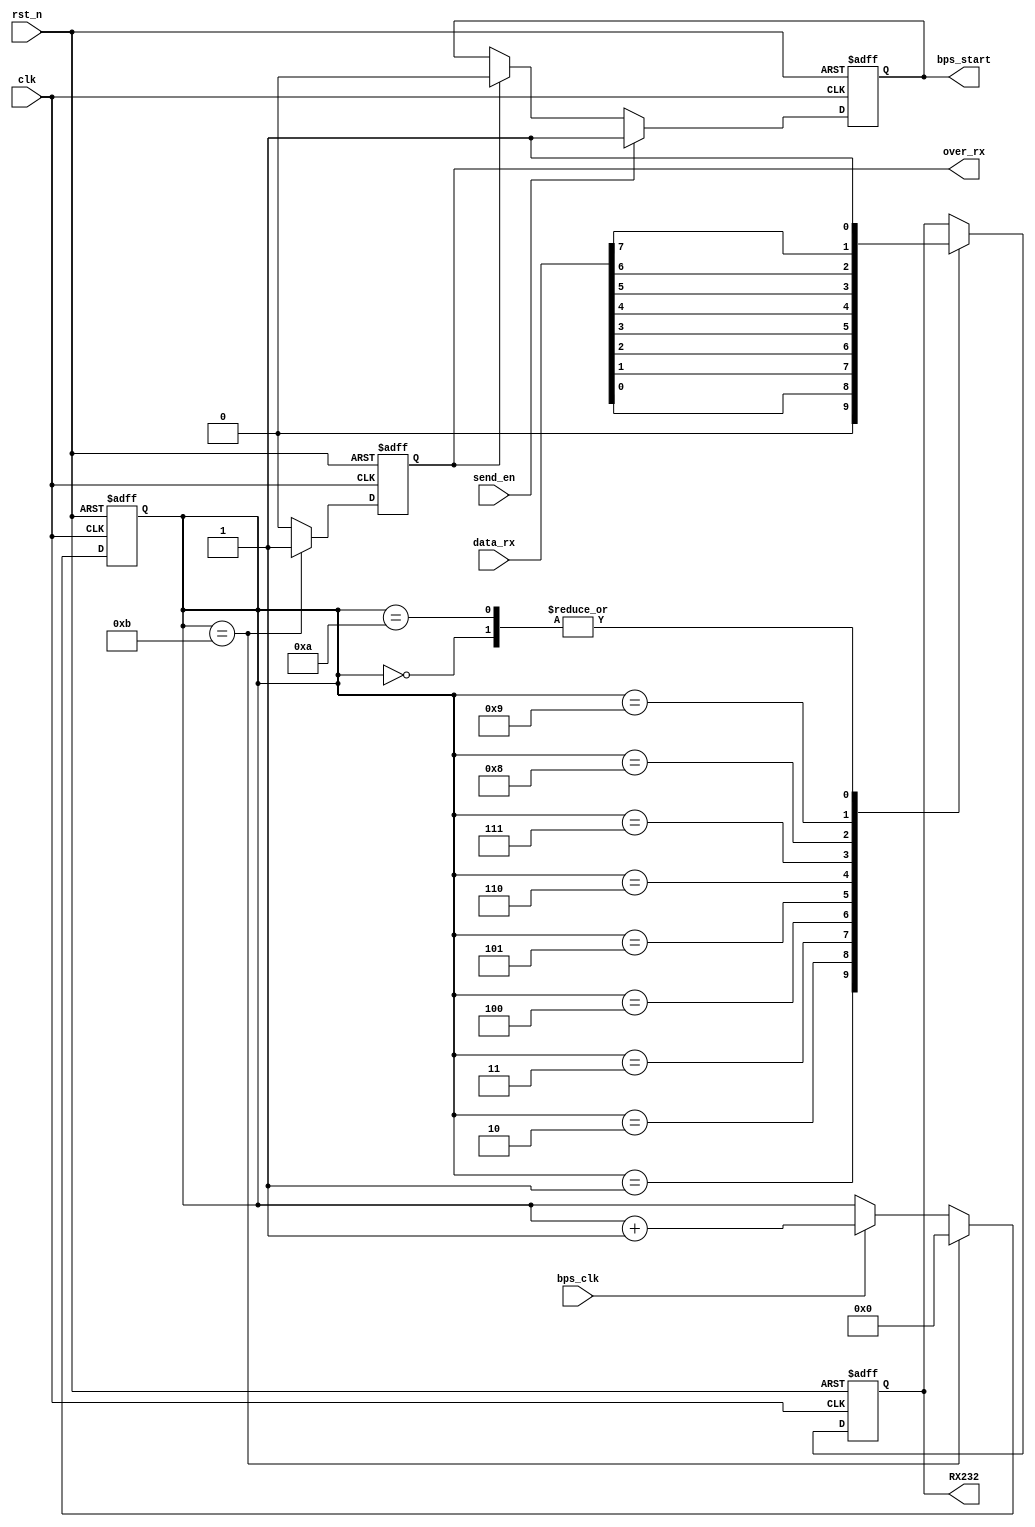
`timescale 1ns / 1ps
//////////////////////////////////////////////////////////////////////////////////
// Company: 
// Engineer: 
// 
// Design Name: 
// Module Name:    uart_tx 
// Project Name: 
// Target Devices: 
// Tool versions: 
// Description: 
//
// Dependencies: 
//
// Revision: 
// Revision 0.01 - File Created
// Additional Comments: 
//
//////////////////////////////////////////////////////////////////////////////////
module uart_tx(	
	input clk,
	input bps_clk,
	input send_en,
	input rst_n,
	input[7:0]data_rx,
	
	output reg RX232,
	output reg over_rx,     //
	output reg bps_start
    );
	reg [3:0]cnt;   //
	always@(posedge clk or negedge rst_n)  //
	begin
	 if(!rst_n)
	  cnt<=1'b0;
	 else if(cnt==4'd11)
	  cnt<=4'd0;
	 else if(bps_clk)
	  cnt<=cnt+1'b1;
	 else cnt<=cnt;
	end 
	
	always@(posedge clk or negedge rst_n)
	begin
	 if(!rst_n)
	  over_rx<=1'b0;
	 else if(cnt==4'd11)
	  over_rx<=1'b1;
	 else over_rx<=1'b0;
	end
    
	always@(posedge clk or negedge rst_n)
	begin
	if(!rst_n)
		bps_start<=1'b0;
	else if(send_en)
		bps_start<=1'b1;
	else if(over_rx)
		bps_start<=1'b0;
	else bps_start<=bps_start;
	end
	
	always@(posedge clk or negedge rst_n)
	begin
	if(!rst_n)
		RX232<=1'b1;
	else 
	    begin
		case(cnt)
		0: RX232<=1'b1;
		1: RX232<=1'b0;
		2: RX232<=data_rx[0];
		3: RX232<=data_rx[1];
		4: RX232<=data_rx[2];
		5: RX232<=data_rx[3];
		6: RX232<=data_rx[4];
		7: RX232<=data_rx[5];
		8: RX232<=data_rx[6];
		9: RX232<=data_rx[7];
		10:RX232<=1'b1;
		endcase
		end
	end
endmodule